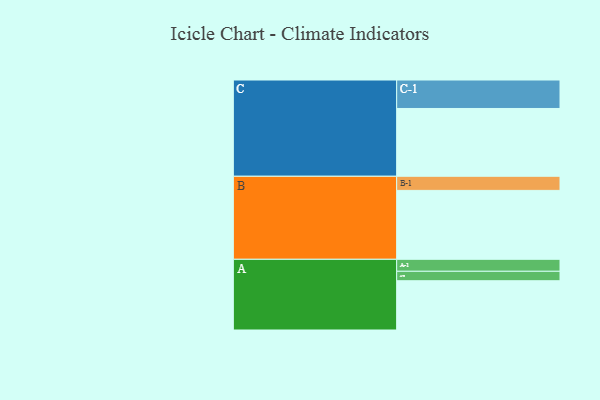
{"axis": {"x": "Segment", "y": "Value"}, "legend": ["", "A", "B", "C"], "data": [{"x": "A", "y": 391, "type": ""}, {"x": "B", "y": 547, "type": ""}, {"x": "C", "y": 538, "type": ""}, {"x": "A-1", "y": 95, "type": "A"}, {"x": "A-2", "y": 75, "type": "A"}, {"x": "B-1", "y": 112, "type": "B"}, {"x": "C-1", "y": 226, "type": "C"}]}